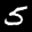
Label: 5